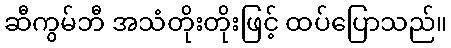
ဆီကွမ်ဘီ အသံတိုးတိုးဖြင့် ထပ်ပြောသည်။